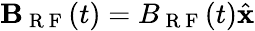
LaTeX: \textbf{B}_{\mathrm{~R~F~}}(t)=B_{\mathrm{~R~F~}}(t)\hat{\textbf{x}}